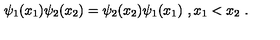
\psi _ { 1 } ( x _ { 1 } ) \psi _ { 2 } ( x _ { 2 } ) = \psi _ { 2 } ( x _ { 2 } ) \psi _ { 1 } ( x _ { 1 } ) \ , x _ { 1 } < x _ { 2 } \ .